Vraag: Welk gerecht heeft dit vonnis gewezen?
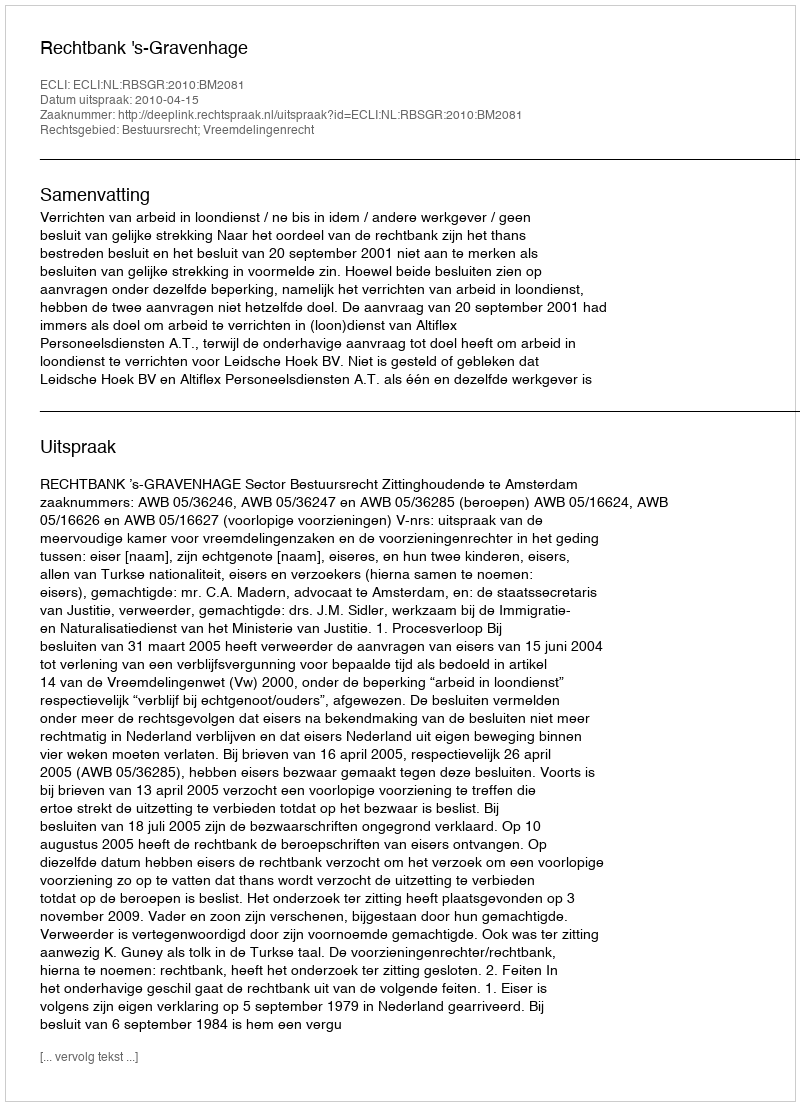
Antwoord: Rechtbank 's-Gravenhage